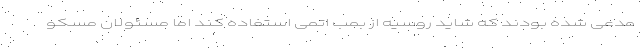
مدعی شده بودند که شاید روسیه از بمب اتمی استفاده کند اما مسئولان مسکو